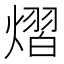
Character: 熠